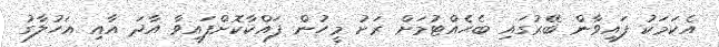
އެކަމަކު ފައިވާން ބޭރުގައި ބެހެއްޓުމަށް ރަށު މީހުން ފައްކާކޮށްފައިވާ އާދަ އާއި އަހުލާގު